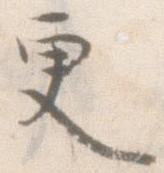
更